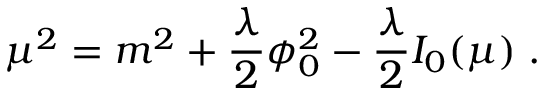
\mu ^ { 2 } = m ^ { 2 } + { \frac { \lambda } { 2 } } \phi _ { 0 } ^ { 2 } - { \frac { \lambda } { 2 } } I _ { 0 } ( \mu ) \; .